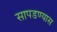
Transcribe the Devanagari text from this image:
सापडण्यास